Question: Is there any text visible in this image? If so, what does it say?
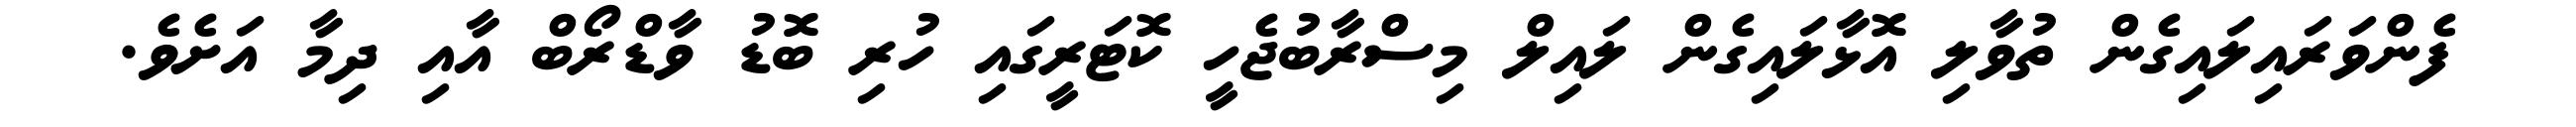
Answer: ފެންވަރައިލައިގެން ތުވާލި އޮޅާލައިގެން ލައިލް މިސްރާބުޖެހީ ކޮޓަރީގައި ހުރި ބޮޑު ވާޑްރޯބް އާއި ދިމާ އަށެވެ.